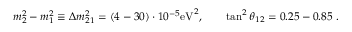
m _ { 2 } ^ { 2 } - m _ { 1 } ^ { 2 } \equiv \Delta m _ { 2 1 } ^ { 2 } = ( 4 - 3 0 ) \cdot 1 0 ^ { - 5 } \mathrm { e V } ^ { 2 } , ~ ~ ~ ~ ~ ~ \tan ^ { 2 } \theta _ { 1 2 } = 0 . 2 5 - 0 . 8 5 ~ .